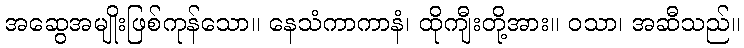
အဆွေအမျိုးဖြစ်ကုန်သော။ နေသံကာကာနံ၊ ထိုကျီးတို့အား။ ဝသာ၊ အဆီသည်။